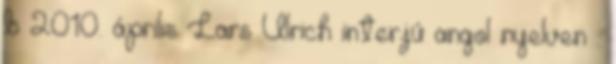
b 2010. április Lars Ulrich interjú angol nyelven .